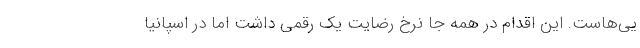
یی‌هاست. این اقدام در همه جا نرخ رضایت یک رقمی داشت اما در اسپانیا